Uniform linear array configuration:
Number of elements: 12
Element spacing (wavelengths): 0.25
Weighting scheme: binomial
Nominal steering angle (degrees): -45
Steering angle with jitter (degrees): -46.636
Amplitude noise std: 0.05
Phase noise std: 0.05

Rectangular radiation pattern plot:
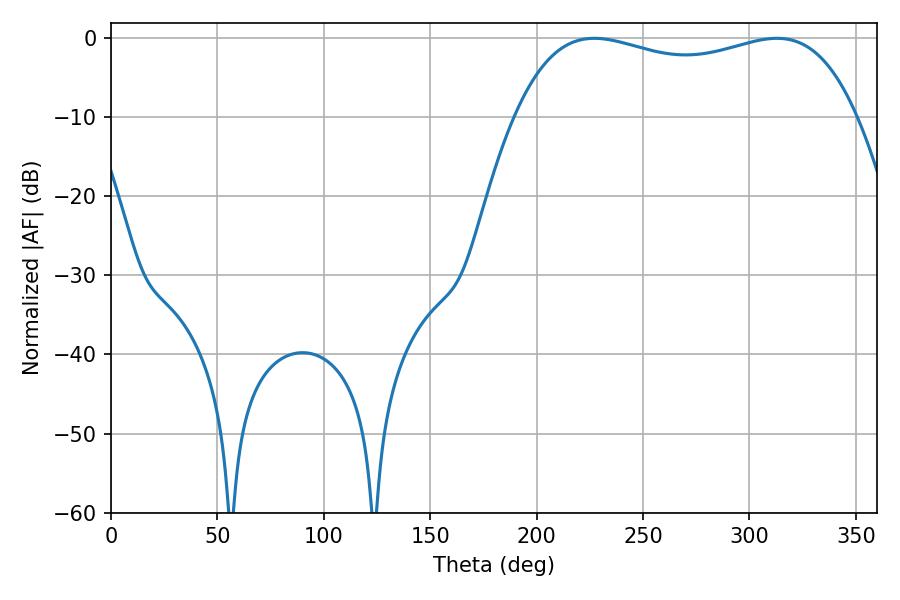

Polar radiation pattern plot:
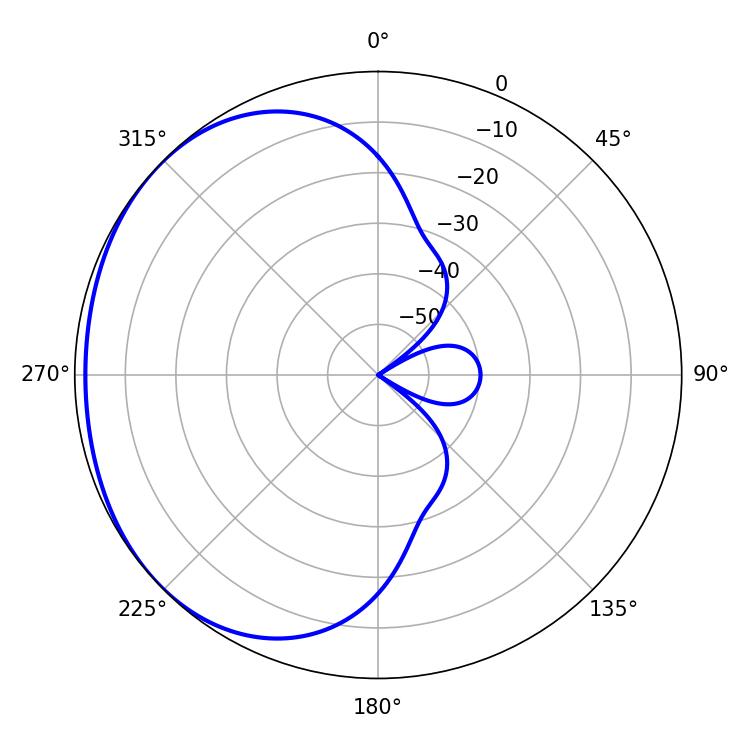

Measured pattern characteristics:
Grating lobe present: FALSE
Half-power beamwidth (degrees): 130.68
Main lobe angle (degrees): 227.16